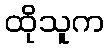
ထိုသူက